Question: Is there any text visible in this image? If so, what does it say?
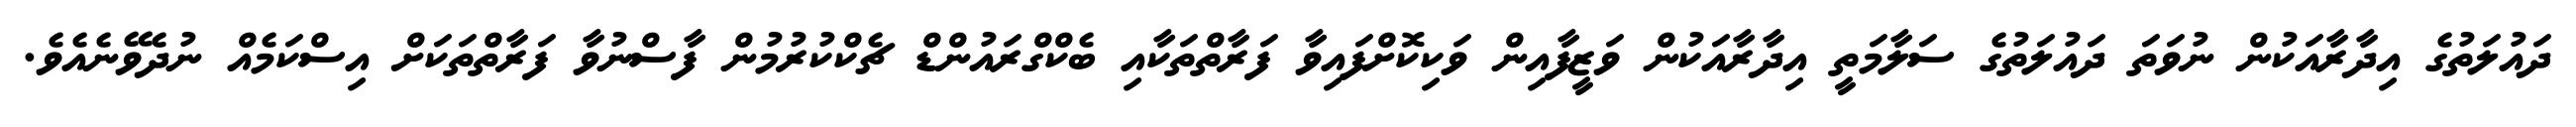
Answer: ދައުލަތުގެ އިދާރާއަކުން ނުވަތަ ދައުލަތުގެ ސަލާމަތީ އިދާރާއަކުން ވަޒީފާއިން ވަކިކޮށްފައިވާ ފަރާތްތަކާއި ބެކްގްރައުންޑް ޗެކްކުރުމުން ފާސްނުވާ ފަރާތްތަކަށް އިސްކަމެއް ނުދެވޭނެއެވެ.